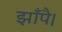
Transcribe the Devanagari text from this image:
झाँपै।